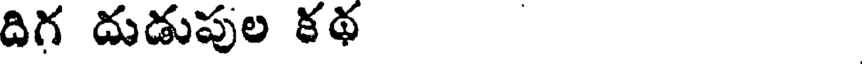
దిగ దుడుపుల కథ